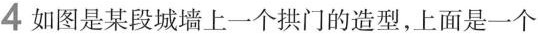
4如图是某段城墙上一个拱门的造型，上面是一个